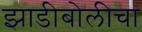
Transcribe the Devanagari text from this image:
झाडीबोलीचा